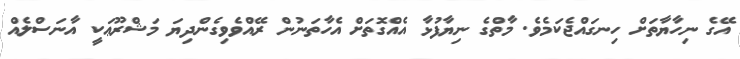
އޭގެ ނިހާޔާތަށް ހިނގައްޖެކަމެވެ. މާތްގެ ނިޔާފުޅާ އެއްގޮތަށް އެހާތަނުން ރޭއްވެވިގެންދިޔަ މަޝްރޫޢަކީ އާނަސްލެއް